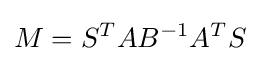
M=S^{T}AB^{-1}A^{T}S